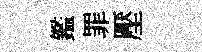
鑑罪壓